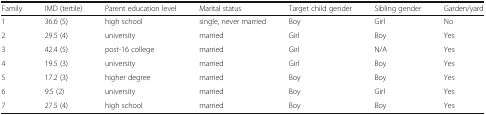
| Family | IMD (tertile) | Parent education level | Marital status | Target child gender | Sibling gender | Garden/yard |
 | --- | --- | --- | --- | --- | --- | --- |
 | 1 | 36.6 (5) | high school | single, never married | Boy | Girl | No |
 | 2 | 29.5 (4) | university | married | Girl | Boy | Yes |
 | 3 | 42.4 (5) | post-16 college | married | Girl | N/A | Yes |
 | 4 | 19.5 (3) | university | married | Girl | Boy | Yes |
 | 5 | 17.2 (3) | higher degree | married | Boy | Boy | Yes |
 | 6 | 9.5 (2) | university | married | Boy | Girl | Yes |
 | 7 | 27.5 (4) | high school | married | Boy | Boy | Yes |